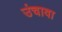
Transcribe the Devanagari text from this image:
उंचावा